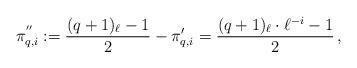
LaTeX: \begin{align*}\pi^{''}_{q,i} := \frac{(q+1)_{\ell} - 1}{2} - \pi'_{q, i} = \frac{(q+1)_\ell \cdot\ell^{-i} - 1}{2}\,,\end{align*}